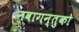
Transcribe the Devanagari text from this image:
नवागन्तुको